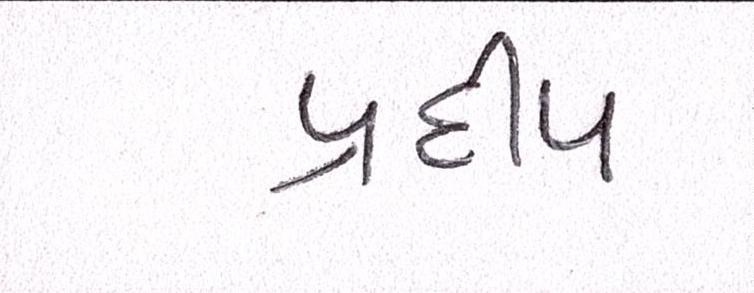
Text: પ્રદીપ